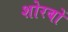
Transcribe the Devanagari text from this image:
शोरबों